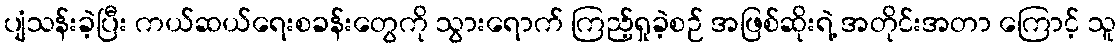
ပျံသန်းခဲ့ပြီး ကယ်ဆယ်ရေးစခန်းတွေကို သွားရောက် ကြည့်ရှုခဲ့စဉ် အဖြစ်ဆိုးရဲ့ အတိုင်းအတာ ကြောင့် သူ